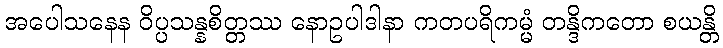
အပေါသနေန ဝိပ္ပသန္နစိတ္တဿ နောဥပါဒါနာ ကတပရိကမ္မံ တန္ဒိကတော စယန္တိ